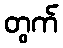
တွက်